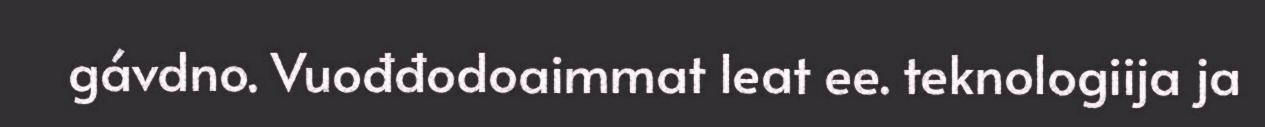
gávdno. Vuođđodoaimmat leat ee. teknologiija ja